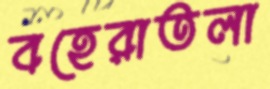
বহেরাতলা